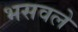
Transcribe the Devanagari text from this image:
भसवले